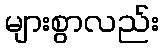
များစွာလည်း